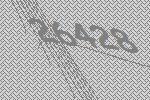
26428